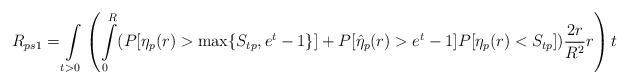
\begin{align*}R_{ps1}=\int\limits_{t>0}\left(\int\limits_{0}^{R}(P[\eta_p(r)>\max\{S_{tp},e^t-1\}]+P[\hat{\eta}_p(r)>e^t-1]P[\eta_p(r)<S_{tp}])\frac{2r}{R^2}r\right)t\end{align*}